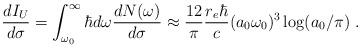
LaTeX: \begin{align*}\frac{dI_U}{d\sigma}=\int _{\omega _0}^{\infty}\hbar d\omega \frac{dN(\omega)}{d\sigma}\approx \frac{12}{\pi}\frac{r_e \hbar}{c}(a_0\omega _0)^3\log (a_0/\pi)~.\end{align*}